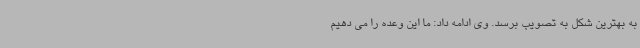
به بهترین شکل به تصویب برسد. وی ادامه داد: ما این وعده را می دهیم